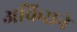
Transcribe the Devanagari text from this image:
अकिराने